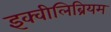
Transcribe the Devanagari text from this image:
इक्वीलिब्रियम